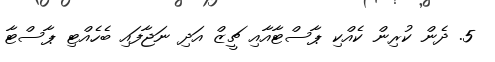
5. ދެން ކުރިން ކެއްކި ޕާސްޓާއާއި ޗީޒް އަދި ނަޖާފައި ބެހެއްޓި ޕާސްޓާ